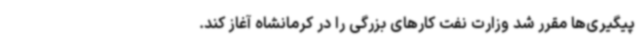
پیگیری‌ها مقرر شد وزارت نفت کارهای بزرگی را در کرمانشاه آغاز کند.